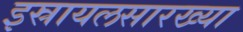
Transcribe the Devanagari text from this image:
इस्रायलसारख्या